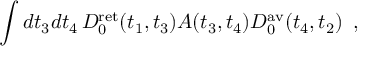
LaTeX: \int d t _ { 3 } d t _ { 4 } \, D _ { 0 } ^ { \mathrm { r e t } } ( t _ { 1 } , t _ { 3 } ) A ( t _ { 3 } , t _ { 4 } ) D _ { 0 } ^ { \mathrm { a v } } ( t _ { 4 } , t _ { 2 } ) \, \, \, ,